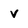
Character: V